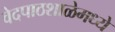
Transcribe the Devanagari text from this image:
वेदपाठशाळेमध्ये